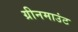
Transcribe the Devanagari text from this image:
ग्रीनमाउंट